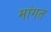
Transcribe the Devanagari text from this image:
मांगत